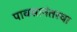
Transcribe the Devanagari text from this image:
पावसानंतरचा